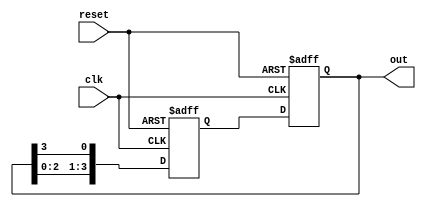
module RingCounter (
    input wire clk,
    input wire reset,
    output reg [3:0] out
);

reg [3:0] next_state;

always @ (posedge clk or posedge reset) begin
    if (reset) begin
        out <= 4'b0000;
    end else begin
        out <= next_state;
    end
end

always @ (posedge clk or posedge reset) begin
    if (reset) begin
        next_state <= 4'b0001;
    end else begin
        next_state <= {out[2:0], out[3]};
    end
end

endmodule